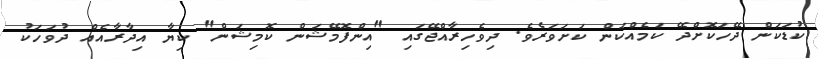
ކުޑަކަން ދޭހަކޮށްދޭ ކަމެއްކަން ކަށަވަރެވެ. ދިވެހިރާއްޖޭގައި "އިންފޮމޭޝަން ކޮމިޝަން" ކިޔާ އިދާރާއެއް ދުވަހަކު